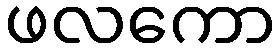
ဖလကော